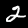
Digit: 2